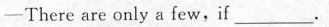
-There are only a few, if ___